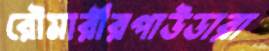
রৌমারীরপাউডারা